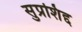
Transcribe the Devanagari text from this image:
सुप्रशिद्द